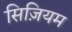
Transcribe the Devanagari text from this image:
सिज़ियम